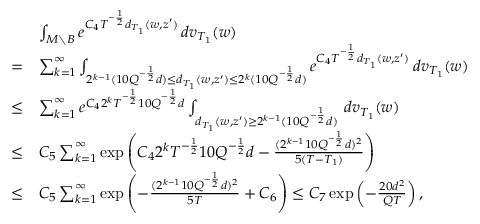
\begin{array} { r l } & { \int _ { M \setminus B } e ^ { C _ { 4 } T ^ { - \frac 1 2 } d _ { T _ { 1 } } ( w , z ^ { \prime } ) } \, d v _ { T _ { 1 } } ( w ) } \\ { = } & { \sum _ { k = 1 } ^ { \infty } \int _ { 2 ^ { k - 1 } ( 1 0 Q ^ { - \frac 1 2 } d ) \le d _ { T _ { 1 } } ( w , z ^ { \prime } ) \le 2 ^ { k } ( 1 0 Q ^ { - \frac 1 2 } d ) } e ^ { C _ { 4 } T ^ { - \frac 1 2 } d _ { T _ { 1 } } ( w , z ^ { \prime } ) } \, d v _ { T _ { 1 } } ( w ) } \\ { \le } & { \sum _ { k = 1 } ^ { \infty } e ^ { C _ { 4 } 2 ^ { k } T ^ { - \frac 1 2 } 1 0 Q ^ { - \frac 1 2 } d } \int _ { d _ { T _ { 1 } } ( w , z ^ { \prime } ) \ge 2 ^ { k - 1 } ( 1 0 Q ^ { - \frac 1 2 } d ) } \, d v _ { T _ { 1 } } ( w ) } \\ { \le } & { C _ { 5 } \sum _ { k = 1 } ^ { \infty } \exp \left( C _ { 4 } 2 ^ { k } T ^ { - \frac 1 2 } 1 0 Q ^ { - \frac 1 2 } d - \frac { ( 2 ^ { k - 1 } 1 0 Q ^ { - \frac 1 2 } d ) ^ { 2 } } { 5 ( T - T _ { 1 } ) } \right) } \\ { \le } & { C _ { 5 } \sum _ { k = 1 } ^ { \infty } \exp \left( - \frac { ( 2 ^ { k - 1 } 1 0 Q ^ { - \frac 1 2 } d ) ^ { 2 } } { 5 T } + C _ { 6 } \right) \le C _ { 7 } \exp \left( - \frac { 2 0 d ^ { 2 } } { Q T } \right) , } \end{array}